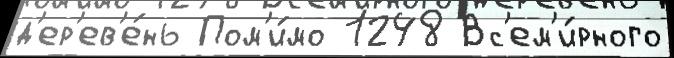
д'ер'ев'е́нь Пом'и́мо 1248 Вс'ем'и́рного